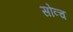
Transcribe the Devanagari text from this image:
सोव्च